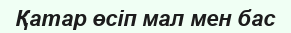
Қатар өсіп мал мен бас